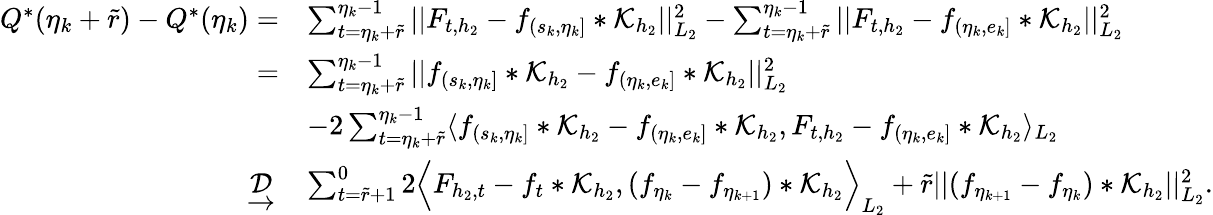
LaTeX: \begin{array}{rl}{Q^{*}(\eta_{k}+\widetilde{r})-Q^{*}(\eta_{k})=}&{\sum_{t=\eta_{k}+\widetilde{r}}^{\eta_{k}-1}\vert\vert F_{t,{h_{2}}}-f_{(s_{k},\eta_{k}]}\ast\mathcal{K}_{{h_{2}}}\vert\vert_{L_{2}}^{2}-\sum_{t=\eta_{k}+\widetilde{r}}^{\eta_{k}-1}\vert\vert F_{t,{h_{2}}}-f_{(\eta_{k},e_{k}]}\ast\mathcal{K}_{h_{2}}\vert\vert_{L_{2}}^{2}}\\ {=}&{\sum_{t=\eta_{k}+\widetilde{r}}^{\eta_{k}-1}\vert\vert f_{(s_{k},\eta_{k}]}\ast\mathcal{K}_{{h_{2}}}-f_{(\eta_{k},e_{k}]}\ast\mathcal{K}_{h_{2}}\vert\vert_{L_{2}}^{2}}\\ &{-2\sum_{t=\eta_{k}+\widetilde{r}}^{\eta_{k}-1}\langle f_{(s_{k},\eta_{k}]}\ast\mathcal{K}_{{h_{2}}}-f_{(\eta_{k},e_{k}]}\ast\mathcal{K}_{h_{2}},F_{t,{h_{2}}}-f_{(\eta_{k},e_{k}]}\ast\mathcal{K}_{h_{2}}\rangle_{L_{2}}}\\ {\ \underrightarrow{\mathcal{D}}\ }&{\sum_{t=\widetilde{r}+1}^{0}2\Big\langle F_{{h_{2}},t}-f_{t}*\mathcal{K}_{h_{2}},(f_{\eta_{k}}-f_{\eta_{k+1}})*\mathcal{K}_{h_{2}}\Big\rangle_{L_{2}}+\widetilde{r}\vert\vert(f_{\eta_{k+1}}-f_{\eta_{k}})*\mathcal{K}_{h_{2}}\vert\vert_{L_{2}}^{2}.}\end{array}